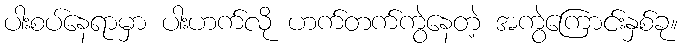
ပါးစပ်နေရာမှာ ပါးဟက်လို ဟက်တက်ကွဲနေတဲ့ အကွဲကြောင်းနှစ်ခု။